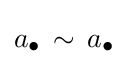
a_{\bullet }\,\sim \,a_{\bullet }